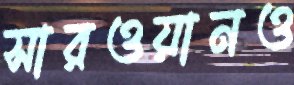
সারওয়ানও